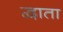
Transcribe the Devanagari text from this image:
द्वाता